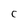
Character: C